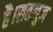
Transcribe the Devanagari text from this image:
है।सतलुज